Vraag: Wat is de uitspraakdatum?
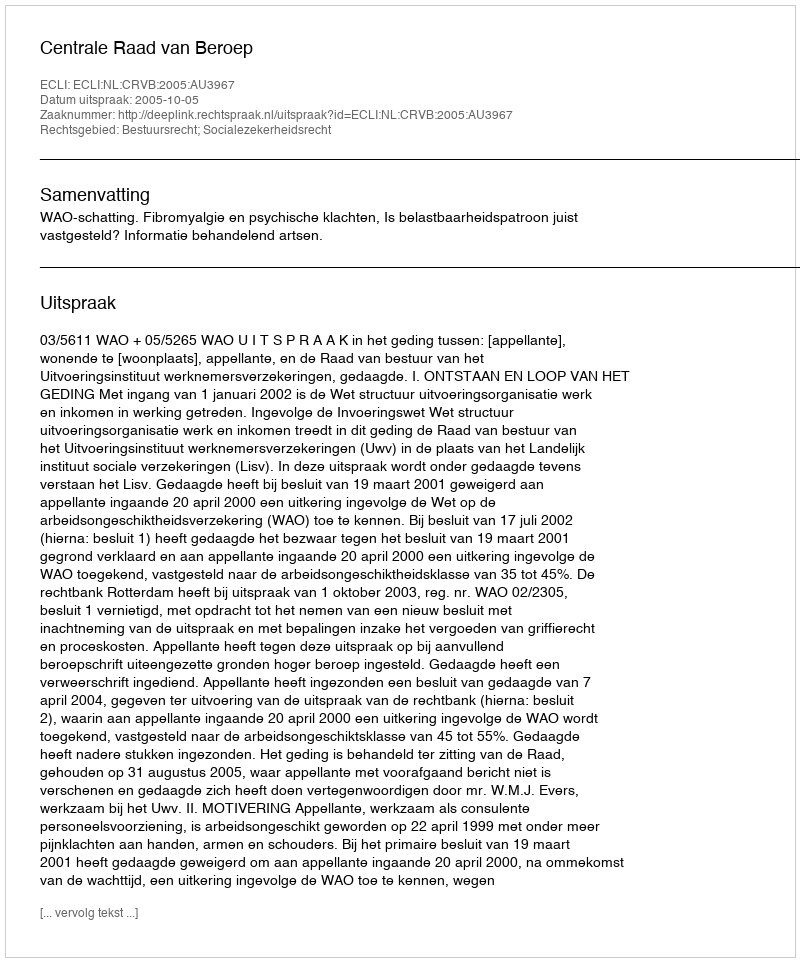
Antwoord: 2005-10-05